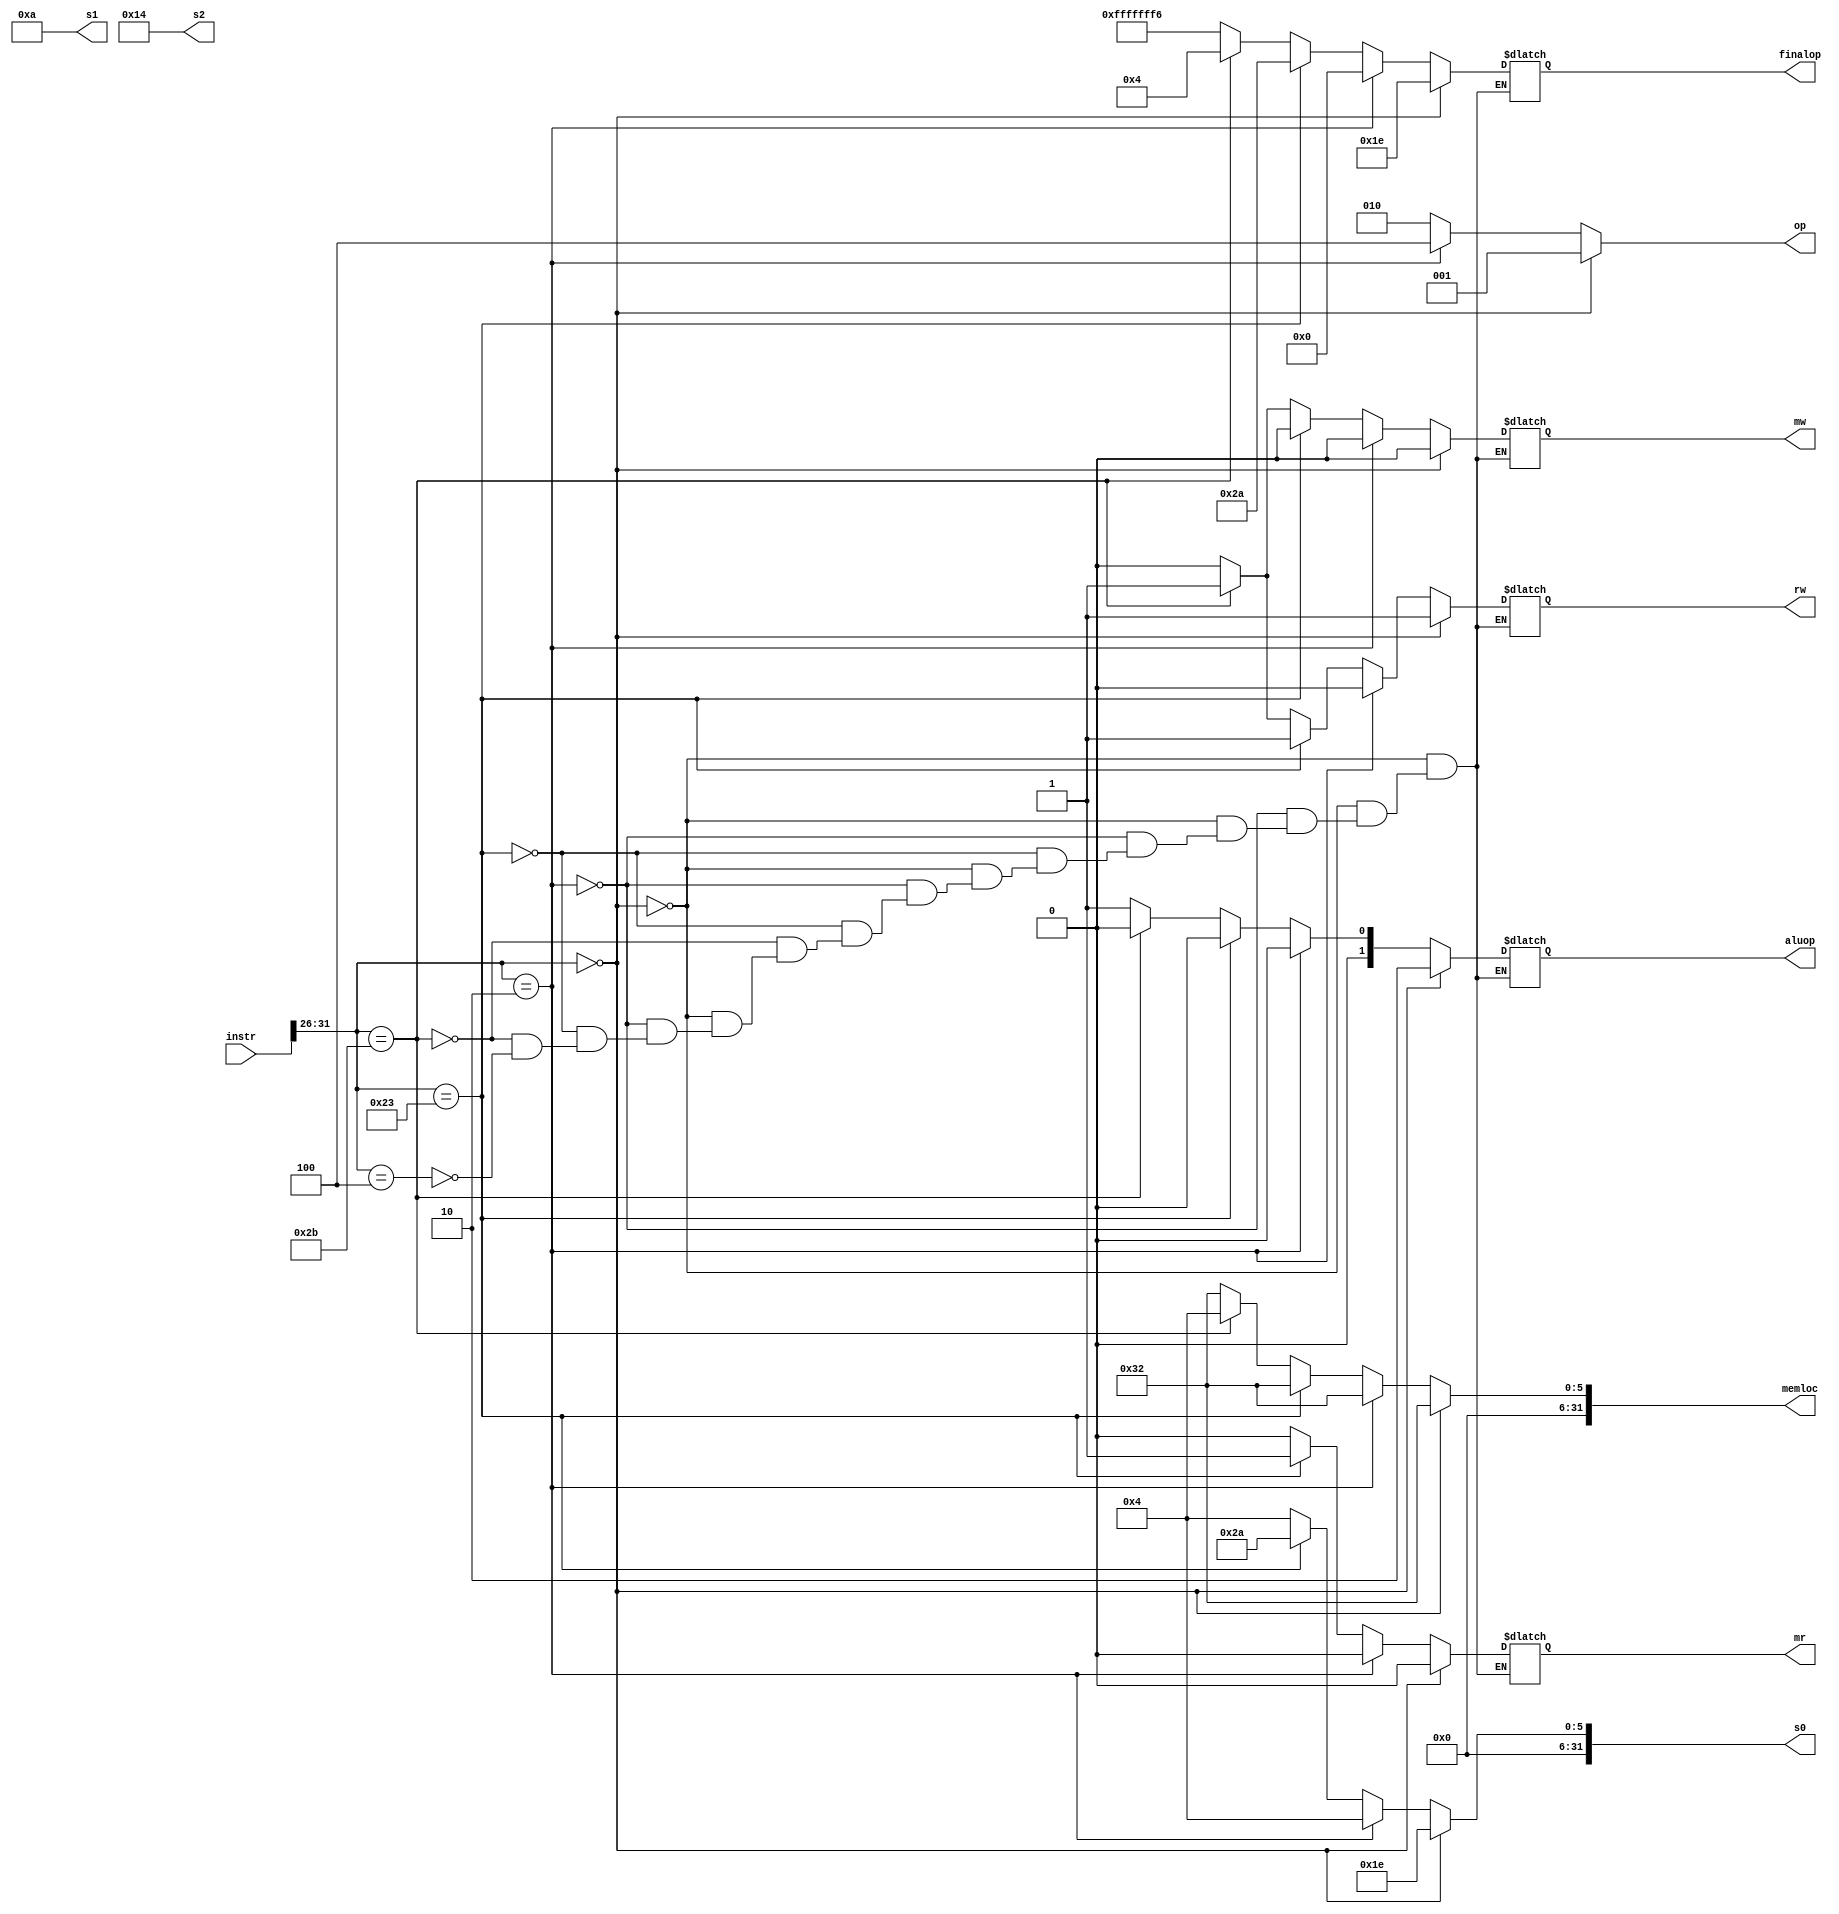
module evaluation(instr,op,rw,mr,mw,s0,s1,s2,aluop,memloc,finalop);
input[31:0] instr;
output reg[2:0] op;
output reg rw,mr,mw;
output reg [1:0] aluop;
output reg[31:0] s0;
output reg[31:0] s1;
output reg[31:0] s2;
output reg [31:0] finalop;
output reg [31:0] memloc;
// wire s0,s1,s2;
 always @(instr)
    begin
        s0=4;
        s1=10;
        s2=20;
        memloc=50;
        if(instr[31:26]==0)
        begin
            op=3'b001;
            rw=1'b1;
            mr=1'b0;
            mw=1'b0;
            aluop=2'b10;
            s0=s1+s2;
            finalop=s0;
            end
        else if(instr[31:26]==2)
        begin
            op=3'b100;
            rw=1'b0;
            mr=1'b0;
            mw=1'b0;
            aluop=2'b00;
            finalop=0;
        end
        else
        begin
            op=3'b010;
            if(instr[31:26]==35)
            begin
            rw=1'b1;
            mr=1'b1;
            mw=1'b0;
            aluop=2'b00;
            s0=s1+32;
            finalop=s0;
            end
            else if(instr[31:26]==43)
            begin
            rw=1'b1;
            mr=1'b0;
            mw=1'b1;
            aluop=2'b00;
            memloc=4;
            finalop=s0;
            end
            else if(instr[31:26]==4)
            begin
            rw=1'b0;
            mr=1'b0;
            mw=1'b0;
            finalop=s1-s2;
            aluop=2'b01;
            end
        end
    end
endmodule